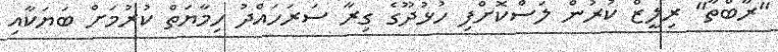
"ރާބްތާ" ރިލީޒް ކުރުން ލަސްކޮށްފި ހުޅުދޫގެ ގިރާ ސަރަހައްދު ހިމާޔަތް ކުރުމަށް ބަޔަކާއި